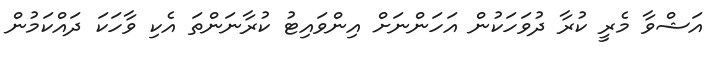
އަޝްވާ މެރީ ކުރާ ދުވަހަކުން އަހަންނަށް އިންވައިޓު ކުރާނަންތަ އެކި ވާހަކަ ދައްކަމުން